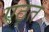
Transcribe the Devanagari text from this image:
एठ्त